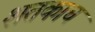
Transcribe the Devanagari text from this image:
शतकाच